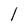
Character: 1